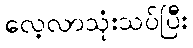
လေ့လာသုံးသပ်ပြီး